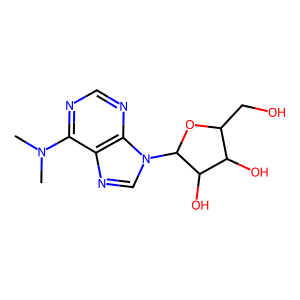
SMILES: CN(C)c1ncnc2c1ncn2C1OC(CO)C(O)C1O
Inhibits HIV replication: No